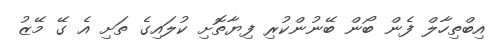
އިބްތިހާލް ފެން ބޯން ބޭނުންކުރި ފިޔާތޮށި ކުލައިގެ ތަށި އެ ގޭ މޭޒު